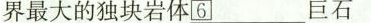
界最大的独块岩体_________巨石